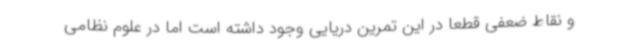
و نقاط ضعفی قطعا در این تمرین دریایی وجود داشته است اما در علوم نظامی